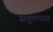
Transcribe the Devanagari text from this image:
संतुलनास